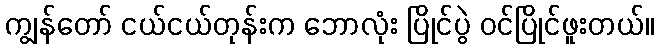
ကျွန်တော် ငယ်ငယ်တုန်းက ဘောလုံး ပြိုင်ပွဲ ဝင်ပြိုင်ဖူးတယ်။